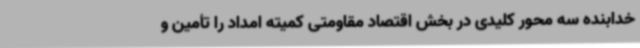
خدابنده سه محور کلیدی در بخش اقتصاد مقاومتی کمیته امداد را تأمین و